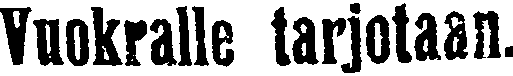
Vuokralle tarjotaan.